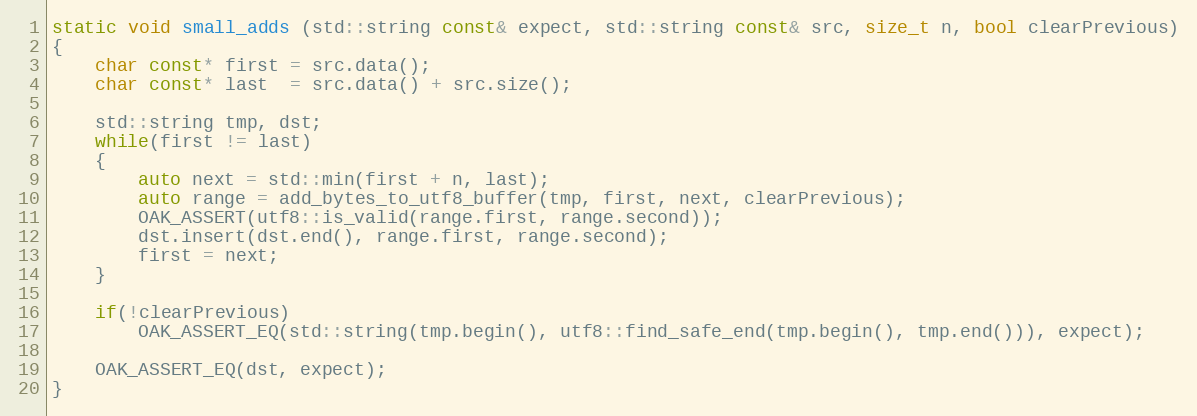
Language: C++
static void small_adds (std::string const& expect, std::string const& src, size_t n, bool clearPrevious)
{
	char const* first = src.data();
	char const* last  = src.data() + src.size();

	std::string tmp, dst;
	while(first != last)
	{
		auto next = std::min(first + n, last);
		auto range = add_bytes_to_utf8_buffer(tmp, first, next, clearPrevious);
		OAK_ASSERT(utf8::is_valid(range.first, range.second));
		dst.insert(dst.end(), range.first, range.second);
		first = next;
	}

	if(!clearPrevious)
		OAK_ASSERT_EQ(std::string(tmp.begin(), utf8::find_safe_end(tmp.begin(), tmp.end())), expect);

	OAK_ASSERT_EQ(dst, expect);
}